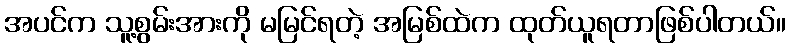
အပင်က သူ့စွမ်းအားကို မမြင်ရတဲ့ အမြစ်ထဲက ထုတ်ယူရတာဖြစ်ပါတယ်။